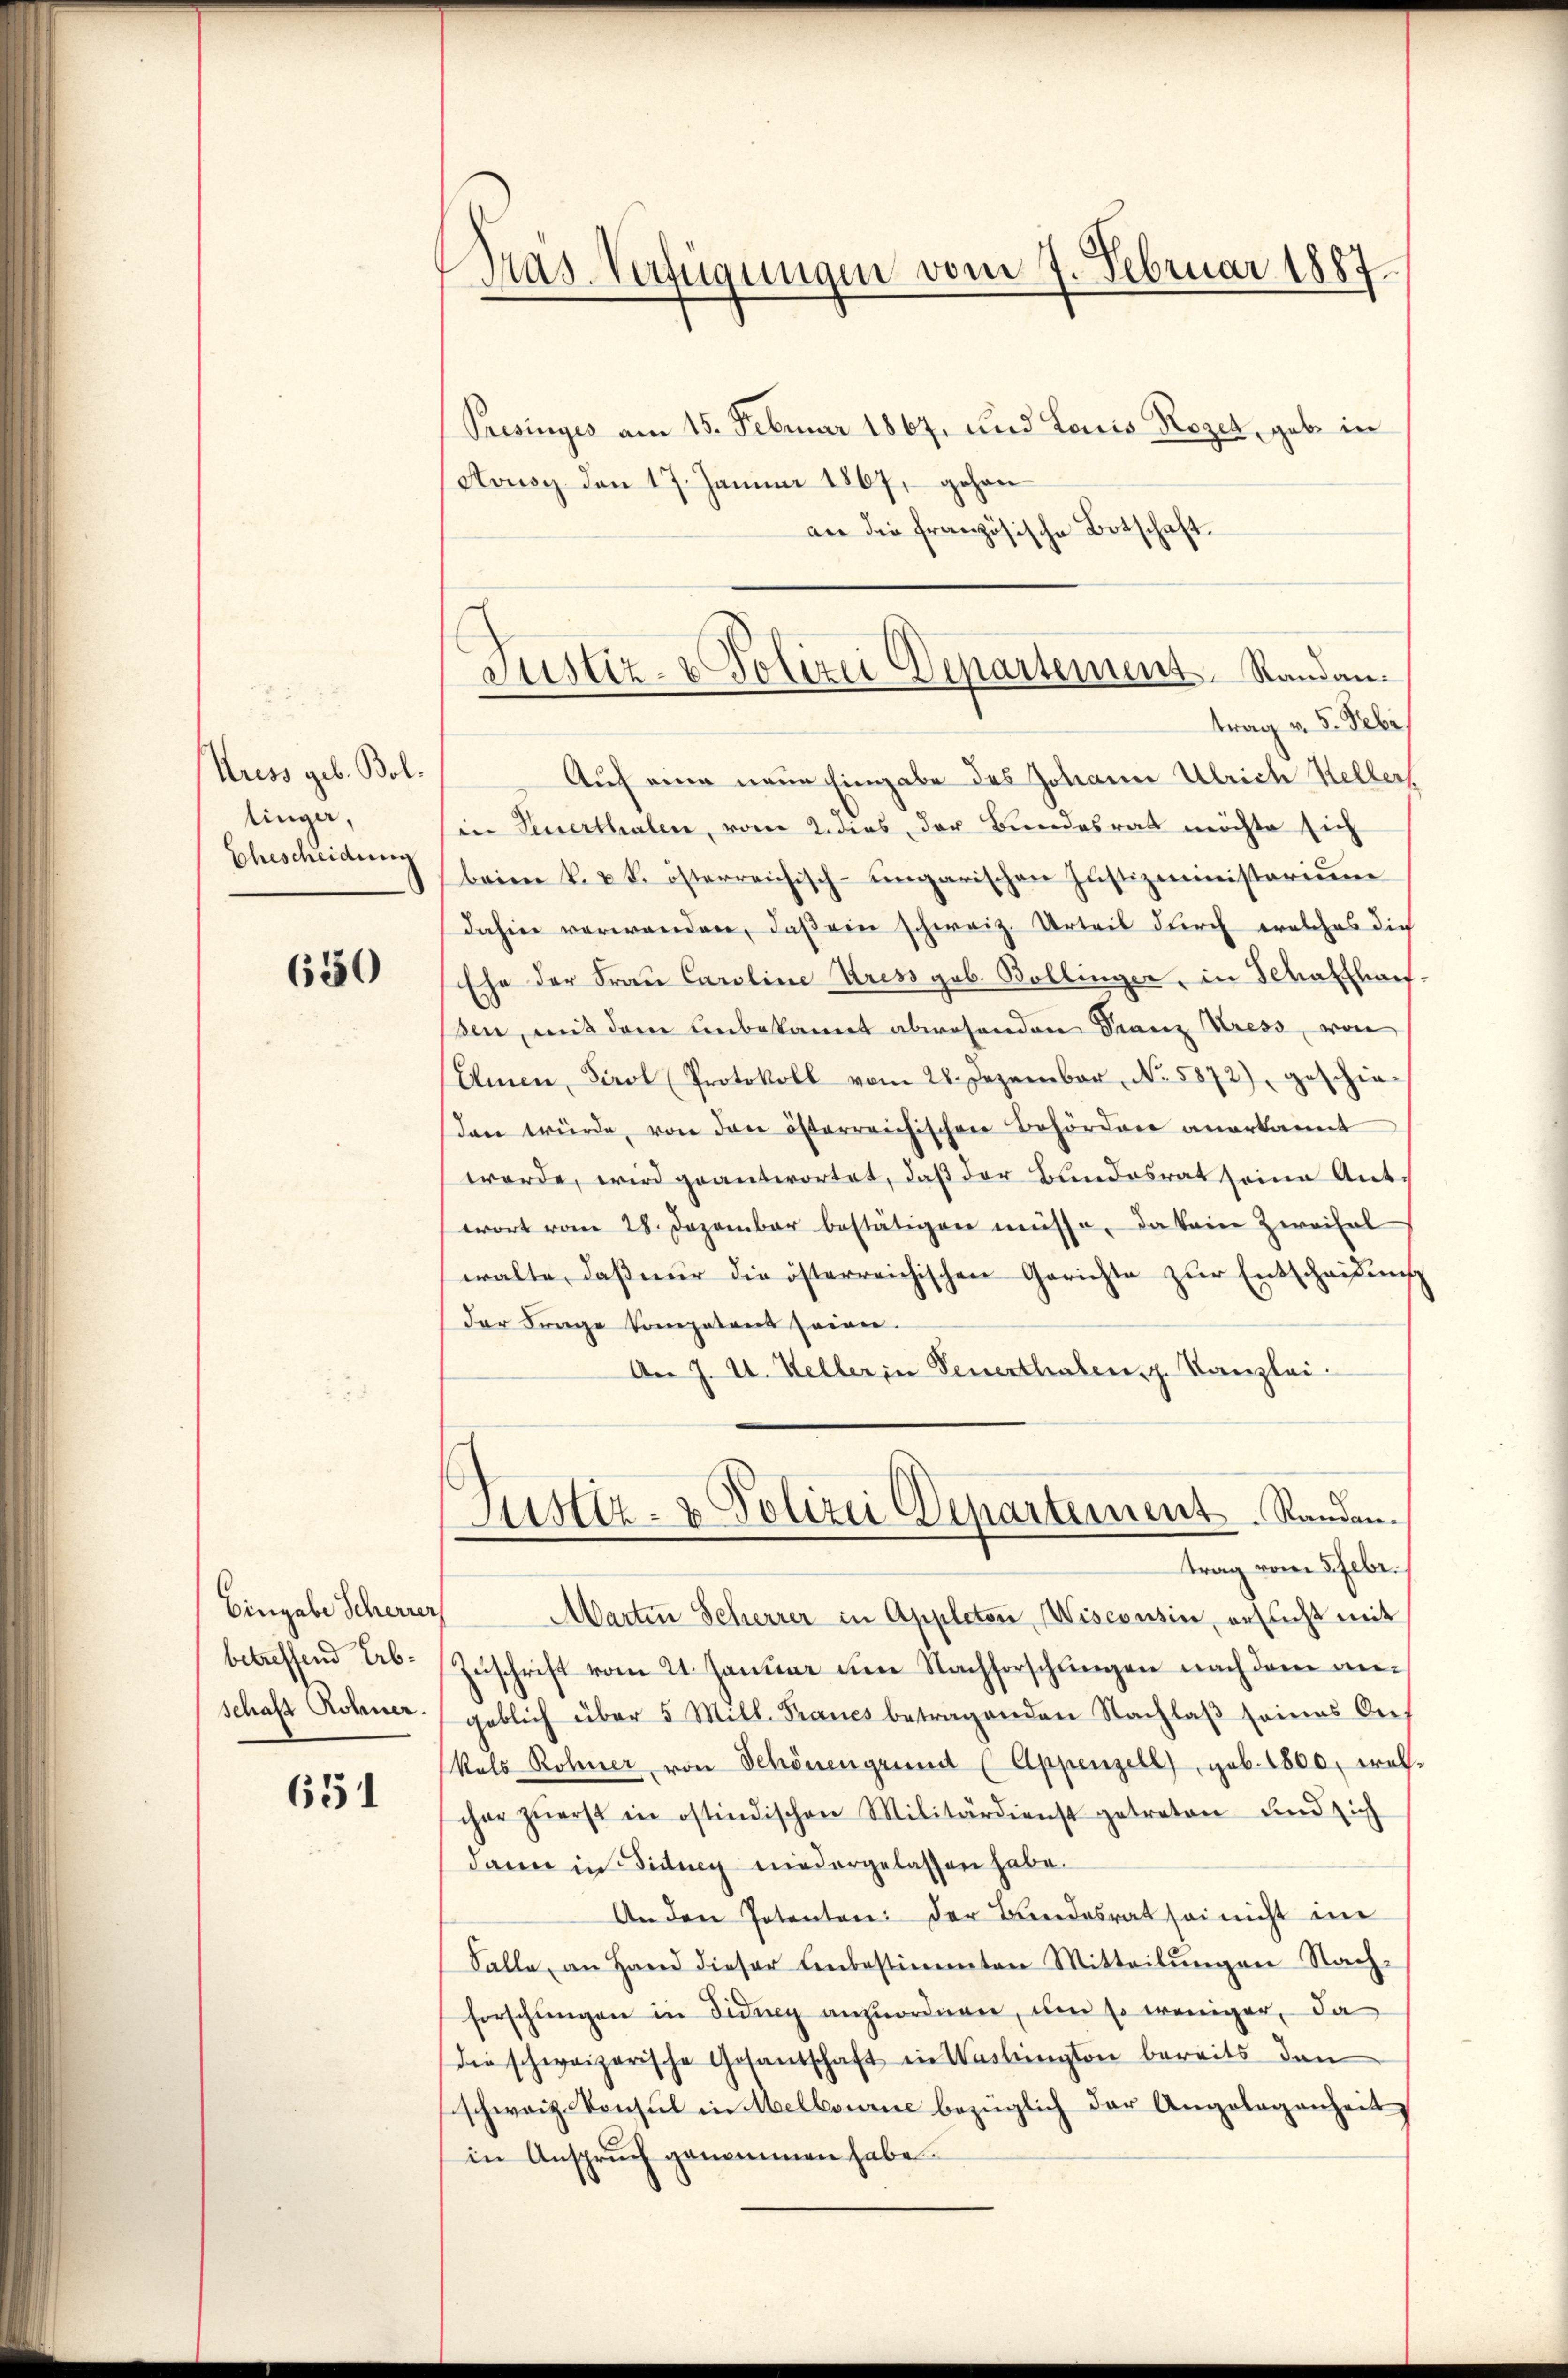
Auess geb. Boltinger,
Ehescheidung

650

Eingabe Scherrer,
betreffend Erbschaft Rohner.

651

Pras. Verfügungen vom 7. Februar 1887

Presinges am 15. Februar 1867, und Lois Rezet, gabe in
Aousy den 17. Januar 1867, gehen
an die französische Botschaft.
Auf eine neue Eingabe des Johann Ulrich Keller
(in Feuerthalen, vom 2 dies der Bundesrath möchte sich
beim k. u. k. österreichisch-ungarischen Justizministerium
dahin verwenden, daβ ein schweiz. Urteil durch welches dich
Ehe der Frau Caroline Uress geb. Bollinger, in Schaffhaus
ßen, mit dem unbekannt abwesenden Franz ress, von
Emen, Tirol (Protokoll vom 28. Dezember No. 5872), geschie-
den würde, von den österreichischen Behörden anerkannt
werde, wird geantwortet, daß der Bundesrat seine Ant.
wort vom 28. Dezember bestätigen müsse, da kein Zweifel
walte, daß nur die österreichischen Gerichte zur Entscheidung
der Frage kompetent seien.
An J. U. Keller in Feuerthaben, z. Kanzlei-
Justiz- & Polizei Departement. Standen.
trag vom 5. Febr.
Marten Scherrer in Appleton Wisconsin, ersucht mit
Zuschrift vom 21. Januar um Nachforschlingen nach dem angeblich über 5 Mill. Fraues betragenden Nachlaβ seines Anf
kals Rohner von Schönengrund (Appenzell), geb. 1800, welcher zŭerst in ostindischen Militärdienst getreten und sich
dann in Fidung niedergelassen habe.
An den Petenten: der Bandesrat sei nicht im
Falle, an Hand dieser Unbestimmten Mitteilŭngen Nach-
forschungen in Fidung anzuordnen, um so weniger, da
die schweizerische Gesandschaft in Washington bereits den
schweiz. Konsul in Melbourne bezüglich der Angelegenheit
in Anspruch genommen habe.

Justiz- & Polizei Departement. Randantrag v. 5. Febr.